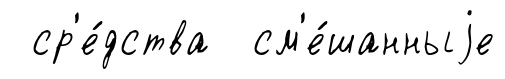
ср'е́дства см'е́шанныjе